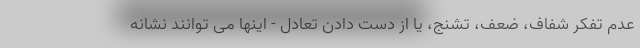
عدم تفکر شفاف، ضعف، تشنج، یا از دست دادن تعادل - اینها می توانند نشانه